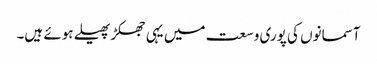
آسمانوں کی پوری وسعت میں یہی جھکڑ پھیلے ہوئے ہیں۔